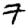
Digit: 7